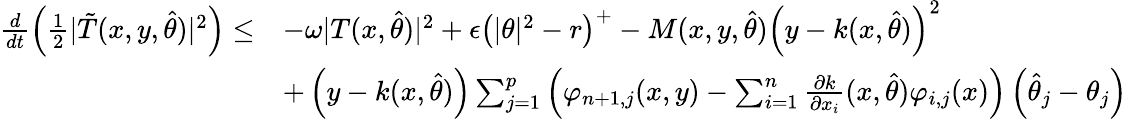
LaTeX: \begin{array}{rl}{\frac{d}{dt}\left(\frac{1}{2}\vert\tilde{T}(x,y,\hat{\theta})\vert^{2}\right)\leq}&{-\omega\vert T(x,\hat{\theta})\vert^{2}+\epsilon\left(\vert\theta\vert^{2}-r\right)^{+}-M(x,y,\hat{\theta})\left(y-k(x,\hat{\theta})\right)^{2}}\\ &{+\left(y-k(x,\hat{\theta})\right)\sum_{j=1}^{p}\left(\varphi_{n+1,j}(x,y)-\sum_{i=1}^{n}\frac{\partial k}{\partial x_{i}}(x,\hat{\theta})\varphi_{i,j}(x)\right)\left(\hat{\theta}_{j}-\theta_{j}\right)}\end{array}